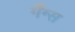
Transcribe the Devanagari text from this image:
गँग्स